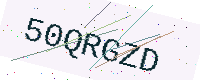
Text: 50QRGZD